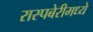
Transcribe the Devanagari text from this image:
रास्पबेरीमध्ये